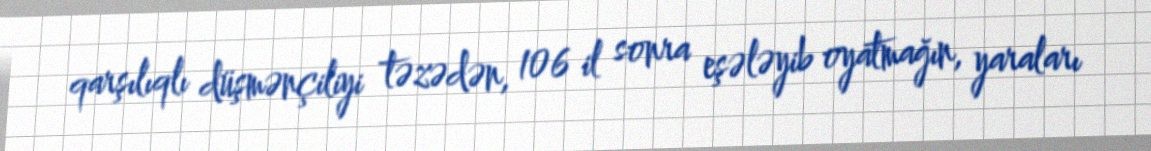
qarşılıqlı düşmənçiliyi təzədən, 106 il sonra eşələyib oyatmağın, yaraları